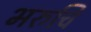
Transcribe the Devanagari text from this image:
भरुचि